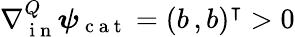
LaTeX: \nabla{}_{\mathrm{~i~n~}}^{Q}\boldsymbol\psi_{\mathrm{~c~a~t~}}=(b\, ,b)^{\intercal}>0